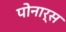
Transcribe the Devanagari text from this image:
पोनार्स